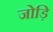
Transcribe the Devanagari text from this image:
जोड़ि